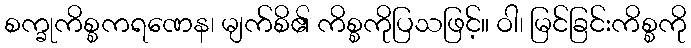
စက္ခုကိစ္စကရဏေန၊ မျက်စိ၏ ကိစ္စကိုပြသဖြင့်။ ဝါ၊ မြင်ခြင်းကိစ္စကို